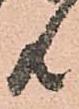
共